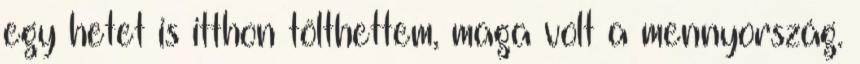
egy hetet is itthon tölthettem, maga volt a mennyország.